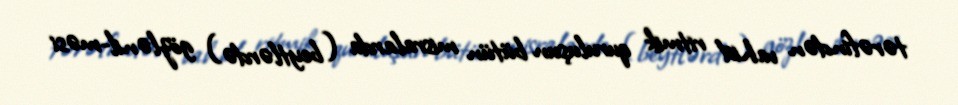
tərəfindən vahid ritmik quruluşun bütün misralarda (beytlərdə) gözlənil-məsi